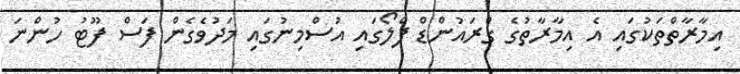
އިމާރާތްތަކުގައި އެ އިމާރާތުގެ ގްރައުންޑް ފްލޯގައި އުސްމިނުގައި މަދުވެގެން ފަސް ފޫޓު ހުންނަ